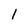
Character: 1